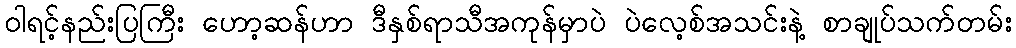
ဝါရင့်နည်းပြကြီး ဟော့ဆန်ဟာ ဒီနှစ်ရာသီအကုန်မှာပဲ ပဲလေ့စ်အသင်းနဲ့ စာချုပ်သက်တမ်း